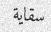
سقاية